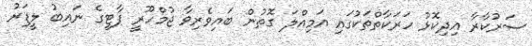
ސަރުކާރާ އިދިކޮޅު ހަރަކާތްތަކުގައި އަމިއްލަ ގޮތުން ބައިވެރިވާ ޖުމްހޫރީ ޕާޓީގެ ނައިބު ލީޑަރު